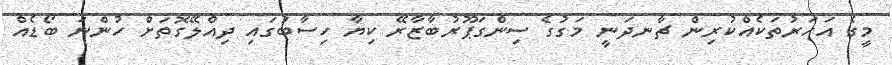
މީގެ އަހަރުތަކެއްކުރިން ޗާނދަނީ މަގުގެ ސިންގަޕޫރުބާޒާރޭ ކިޔާ ހިސާބުގައި ދިއްލޭގޮތަށް ހުންނަ ބޯޑެއް